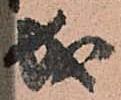
成